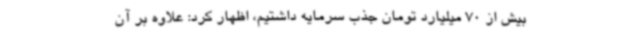
بیش از 70 میلیارد تومان جذب سرمایه داشتیم، اظهار کرد: علاوه بر آن